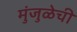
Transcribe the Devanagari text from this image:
मुंजुळेची